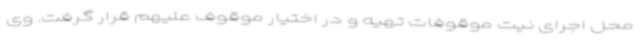
محل اجرای نیت موقوفات تهیه و در اختیار موقوف علیهم قرار گرفت‌. وی